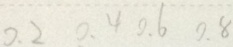
0 . 2 0 . 4 0 . 6 0 . 8